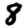
Digit: 8